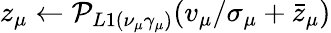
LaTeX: z_{\mu}\leftarrow\mathcal{P}_{L1(\nu_{\mu}\gamma_{\mu})}(v_{\mu}/\sigma_{\mu}+\bar{z}_{\mu})